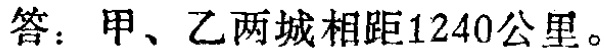
答：甲、乙两城相距1240公里。